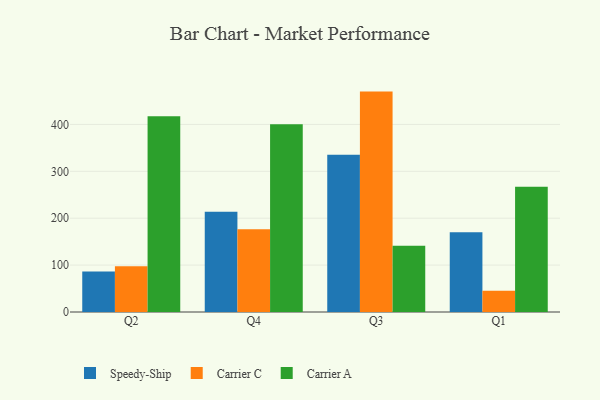
{"axis": {"x": "Quarter", "y": "Demand Index"}, "legend": ["Carrier A", "Carrier C", "Speedy-Ship"], "data": [{"x": "Q2", "y": 86.6, "type": "Speedy-Ship"}, {"x": "Q2", "y": 97.4, "type": "Carrier C"}, {"x": "Q2", "y": 417.3, "type": "Carrier A"}, {"x": "Q4", "y": 214.0, "type": "Speedy-Ship"}, {"x": "Q4", "y": 176.5, "type": "Carrier C"}, {"x": "Q4", "y": 400.6, "type": "Carrier A"}, {"x": "Q3", "y": 335.2, "type": "Speedy-Ship"}, {"x": "Q3", "y": 470.0, "type": "Carrier C"}, {"x": "Q3", "y": 141.2, "type": "Carrier A"}, {"x": "Q1", "y": 170.3, "type": "Speedy-Ship"}, {"x": "Q1", "y": 45.4, "type": "Carrier C"}, {"x": "Q1", "y": 266.9, "type": "Carrier A"}]}